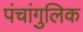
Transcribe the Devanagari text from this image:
पंचांगुलिक